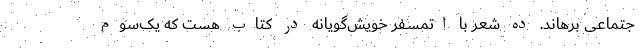
جتماعی برهاند. ده شعر با اتمسفرِ خویش‌گویانه در کتاب هست که یک‌سومِ